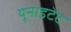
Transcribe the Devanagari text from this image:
यूनाइटेट